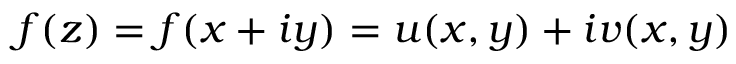
f ( z ) = f ( x + i y ) = u ( x , y ) + i v ( x , y )